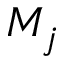
M _ { j }